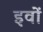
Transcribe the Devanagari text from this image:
इवों